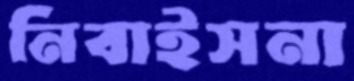
নিবাইসনা